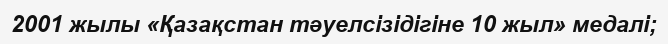
2001 жылы «Қазақстан тәуелсізідігіне 10 жыл» медалі;